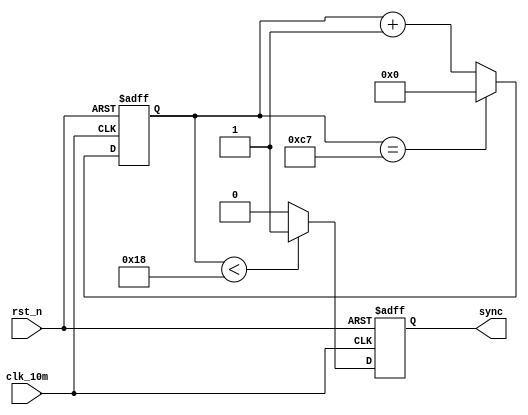
//Module to fenp
//WBC 2022_09_16

//syncPLLIP0.5MHzsyncsync12%

module fenp(
     sync,
     clk_10m,
     rst_n 
);

output sync/*synthesis syn_keep= 1*/;

input clk_10m;
input rst_n;

reg [7:0]cnt;
reg sync;

always@(posedge clk_10m or negedge rst_n)begin
     if(!rst_n)
          cnt<=8'd0;
     else if (cnt == 8'd199)
          cnt<=8'd0;
     else 
          cnt<=cnt+1;
end
always@(posedge clk_10m or negedge rst_n)begin
     if(!rst_n)
          sync<=0;
     else if(cnt<8'd24)
          sync<=1;
     else
          sync<=0;
end
endmodule